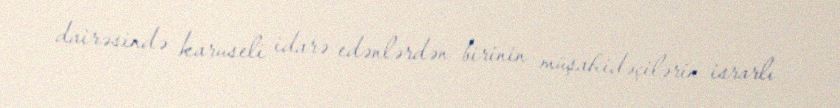
dairəsində karuseli idarə edənlərdən birinin müşahidəçilərin israrlı